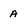
Character: A